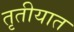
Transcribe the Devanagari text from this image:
तृतीयात